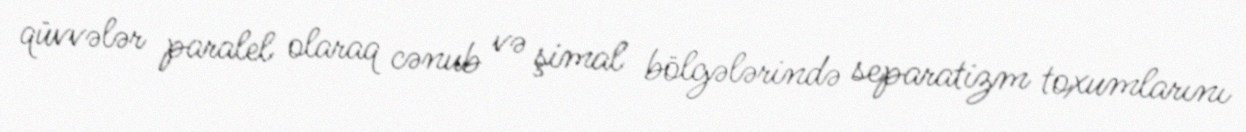
qüvvələr paralel olaraq cənub və şimal bölgələrində separatizm toxumlarını